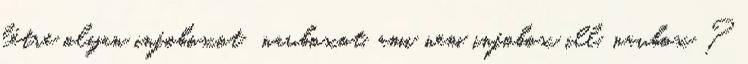
létre olyan infoboxot navboxot, ami nem infobox ill. navbox ?